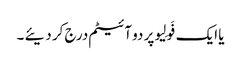
یا ایک فَولِیو پر دو آئیٹم درج کر دیئے ۔